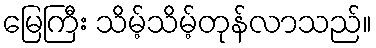
မြေကြီး သိမ့်သိမ့်တုန်လာသည်။